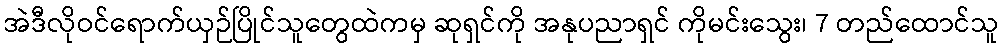
အဲဒီလိုဝင်ရောက်ယှဉ်ပြိုင်သူတွေထဲကမှ ဆုရှင်ကို အနုပညာရှင် ကိုမင်းသွေး၊ 7 တည်ထောင်သူ